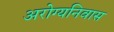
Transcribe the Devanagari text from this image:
अरोग्यनिवास